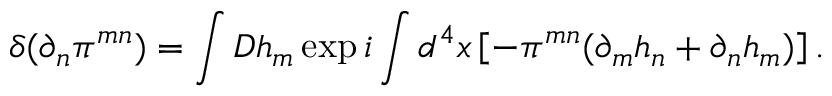
\delta ( \partial _ { n } \pi ^ { m n } ) = \int { \cal D } h _ { m } \exp i \int d ^ { 4 } x \left[ - \pi ^ { m n } ( \partial _ { m } h _ { n } + \partial _ { n } h _ { m } ) \right] .